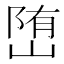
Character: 𡺆